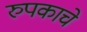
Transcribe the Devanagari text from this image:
रुपकाचे